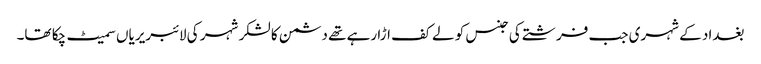
بغداد کے شہری جب فرشتے کی جنس کو لے کف اڑا رہے تھے دشمن کا لشکر شہر کی لائبریریاں سمیٹ چکا تھا۔